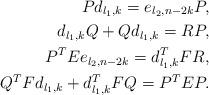
LaTeX: \begin{align*}Pd_{l_1,k}=e_{l_2,n-2k}P, \\d_{l_1,k}Q+Qd_{l_1,k}=RP, \\P^TEe_{l_2,n-2k}=d_{l_1,k}^TFR, \\Q^TFd_{l_1,k}+d_{l_1,k}^TFQ=P^TEP. \end{align*}